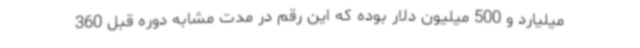
میلیارد و 500 میلیون دلار بوده که این رقم در مدت مشابه دوره قبل 360